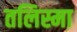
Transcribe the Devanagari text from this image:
तलिस्मा